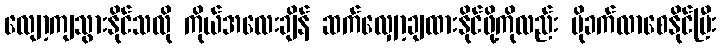
လျော့ကျသွားနိုင်သလို ကိုယ်အလေးချိန် ဆက်လျှော့ချထားနိုင်ဖို့ကိုလည်း ပိုခက်လာစေနိုင်ပြီး